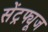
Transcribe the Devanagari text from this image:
सेंट्रफ्यूज